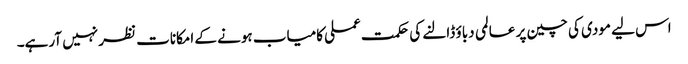
اس لیے مودی کی چین پر عالمی دباؤ ڈالنے کی حکمت عملی کامیاب ہونے کے امکانات نظر نہیں آرہے۔